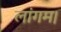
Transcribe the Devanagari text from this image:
लांगम।